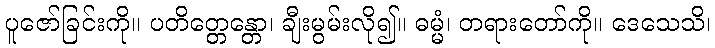
ပူဇော်ခြင်းကို။ ပတိတ္တေန္တော၊ ချီးမွမ်းလို၍။ ဓမ္မံ၊ တရားတော်ကို။ ဒေသေသိ၊